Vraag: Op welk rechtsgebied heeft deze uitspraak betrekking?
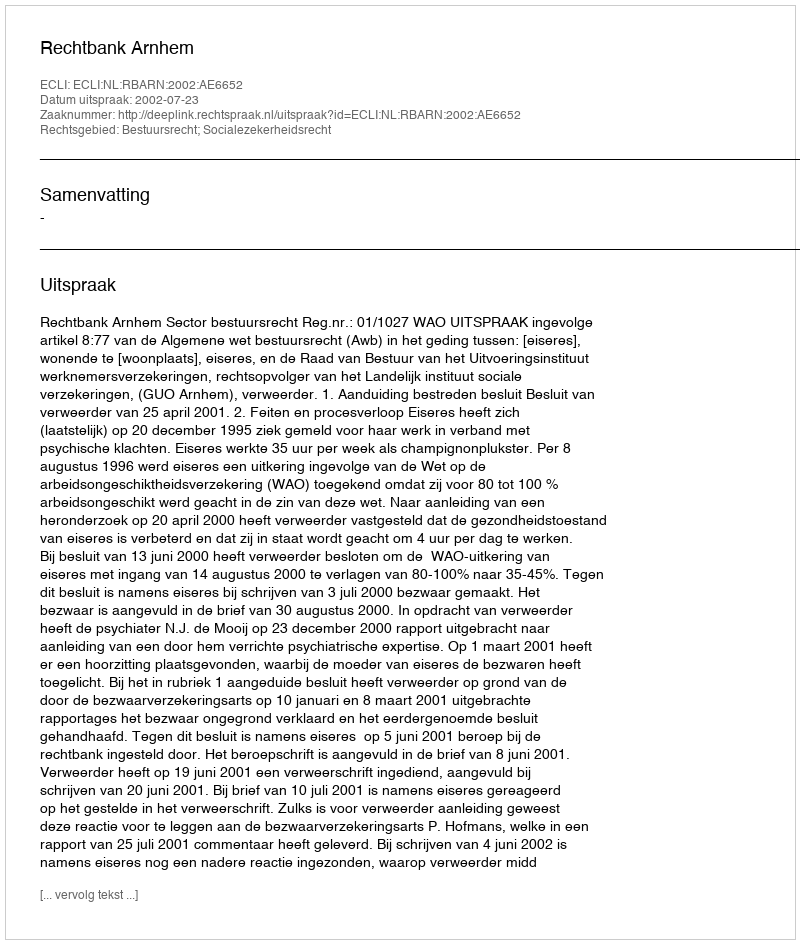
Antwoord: Bestuursrecht; Socialezekerheidsrecht